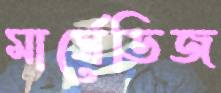
মার্সেডিজ